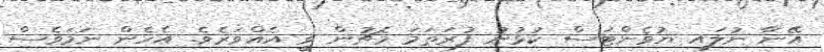
އޭނާ ނުލައި ޔުވެންޓަސް ކުޅުނު ފުރަތަމަ މެޗުން ވީ އެއްވަރެވެ. އެހެން ނަމަވެސް